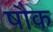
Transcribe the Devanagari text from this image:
षौक